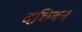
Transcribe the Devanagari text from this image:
दघिबन